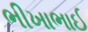
ભીખાભાઈ